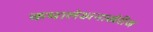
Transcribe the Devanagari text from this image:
कथालेखनाखेरीज